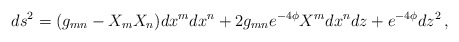
\begin{align*}ds^2= (g_{mn}-X_mX_n) dx^{m}dx^{n} + 2g_{mn} e^{-4\phi}X^{m}dx^{n}dz + e^{-4\phi}dz^2\, , \end{align*}